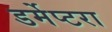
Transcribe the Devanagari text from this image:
डर्मेप्टरा